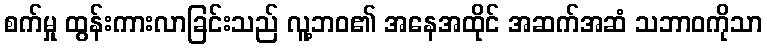
စက်မှု ထွန်းကားလာခြင်းသည် လူ့ဘဝ၏ အနေအထိုင် အဆက်အဆံ သဘာဝကိုသာ